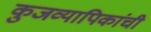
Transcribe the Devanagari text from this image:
कुजव्यापिकांची